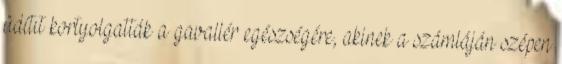
üdítıt kortyolgatták a gavallér egészségére, akinek a számláján szépen